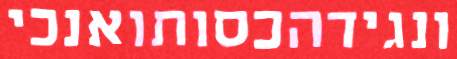
ונגידהכסותואנכי